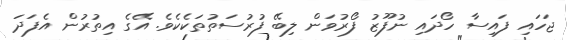
ޖަހައި ފައިސާ ހޯދައި ނުފޫޒު ފޯރުވަން ލިބޭ ފުރުސަތުތަކެކެވެ. އޭގެ އިތުރުން އެފަދަ